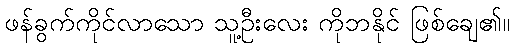
ဖန်ခွက်ကိုင်လာသော သူ့ဦးလေး ကိုဘနိုင် ဖြစ်ချေ၏။